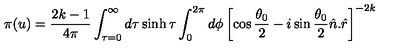
\pi ( u ) = \frac { 2 k - 1 } { 4 \pi } \int _ { \tau = 0 } ^ { \infty } d \tau \sinh \tau \int _ { 0 } ^ { 2 \pi } d \phi \left[ \cos \frac { \theta _ { 0 } } { 2 } - i \sin \frac { \theta _ { 0 } } { 2 } \hat { n } . \hat { r } \right] ^ { - 2 k }